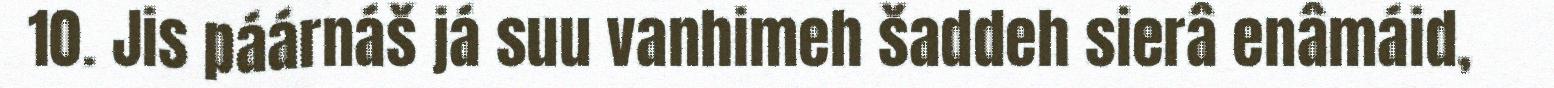
10. Jis páárnáš já suu vanhimeh šaddeh sierâ enâmáid,